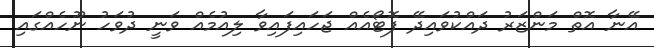
އޭނާ އޮތް މަންޒަރު ދައްކުވައިދޭ ފޮޓޯއެއް ޖަހައިފައިވާ ލިއުމެއް ވަނީ ދުވަހު ނޫހެއްގައި